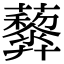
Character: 𧅏